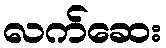
လက်ဆေး